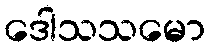
ဒေါသသမော